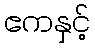
ဧကနှင့်